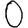
Digit: 0